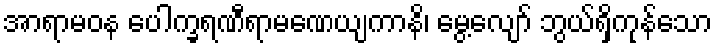
အာရာမဝန ပေါက္ခရဏီရာမဏေယျကာနိ၊ မွေ့လျော် ဘွယ်ရှိကုန်သော